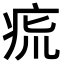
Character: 𤵯